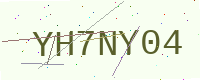
Text: YH7NY04